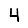
Digit: 4